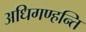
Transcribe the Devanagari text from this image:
अधिगण्हन्ति